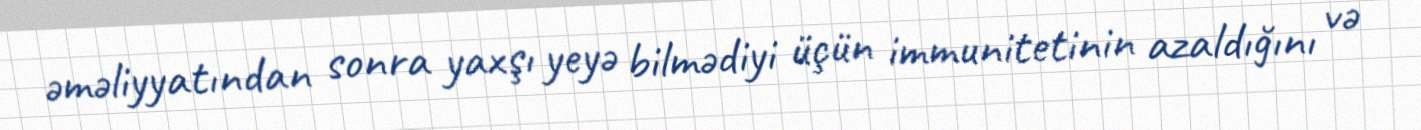
əməliyyatından sonra yaxşı yeyə bilmədiyi üçün immunitetinin azaldığını və